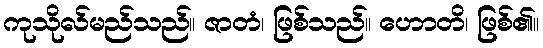
ကုသိုလ်မည်သည်။ ဇာတံ၊ ဖြစ်သည်။ ဟောတိ၊ ဖြစ်၏။